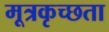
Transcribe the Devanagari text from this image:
मूत्रकृच्छता